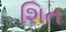
શિત